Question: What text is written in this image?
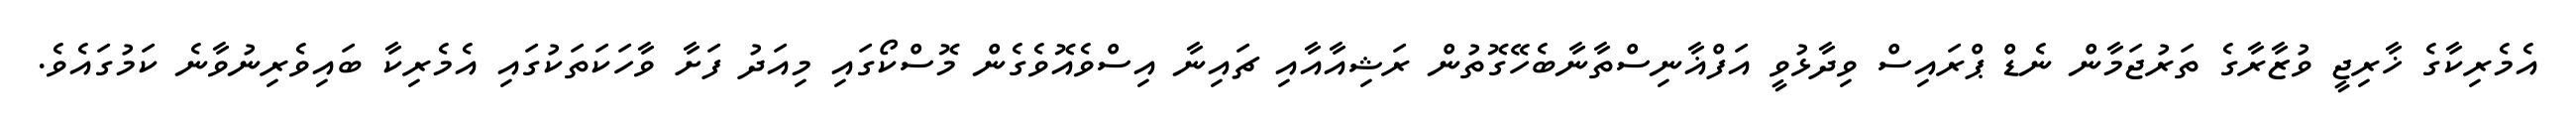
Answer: އެމެރިކާގެ ޚާރިޖީ ވުޒާރާގެ ތަރުޖަމާން ނެޑް ޕްރައިސް ވިދާޅުވީ އަފްޣާނިސްތާނާބެހޭގޮތުން ރަޝިއާއާއި ޗައިނާ އިސްވެއޮވެގެން މޮސްކޯގައި މިއަދު ފަށާ ވާހަކަތަކުގައި އެމެރިކާ ބައިވެރިނުވާނެ ކަމުގައެވެ.